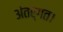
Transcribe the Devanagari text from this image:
अंतर्गत।